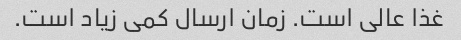
غذا عالی است. زمان ارسال کمی زیاد است.